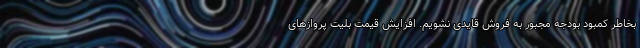
بخاطر کمبود بودجه مجبور به فروش قایدی نشویم. افزایش قیمت بلیت پروازهای